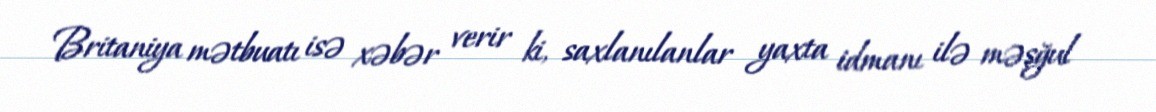
Britaniya mətbuatı isə xəbər verir ki, saxlanılanlar yaxta idmanı ilə məşğul